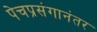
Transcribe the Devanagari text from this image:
पेचप्रसंगानंतर